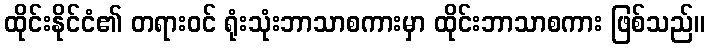
ထိုင်းနိုင်ငံ၏ တရားဝင် ရုံးသုံးဘာသာစကားမှာ ထိုင်းဘာသာစကား ဖြစ်သည်။